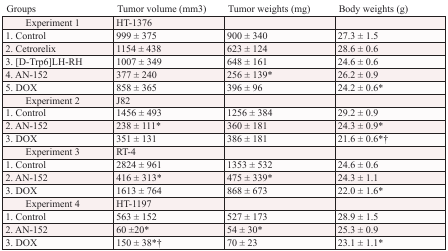
| Groups | Tumor volume (mm3) | Tumor weights (mg) | Body weights (g) |
 | --- | --- | --- | --- |
 | Experiment 1 | HT-1376 |  |  |
 | 1. Control | 999 ± 375 | 900 ± 340 | 27.3 ± 1.5 |
 | 2. Cetrorelix | 1154 ± 438 | 623 ± 124 | 28.6 ± 0.6 |
 | 3. [D-Trp6]LH-RH | 1007 ± 349 | 648 ± 161 | 24.6 ± 0.6 |
 | 4. AN-152 | 377 ± 240 | 256 ± 139* | 26.2 ± 0.9 |
 | 5. DOX | 858 ± 365 | 396 ± 96 | 24.2 ± 0.6* |
 | Experiment 2 | J82 |  |  |
 | 1. Control | 1456 ± 493 | 1256 ± 384 | 29.2 ± 0.9 |
 | 2. AN-152 | 238 ± 111* | 360 ± 181 | 24.3 ± 0.9* |
 | 3. DOX | 351 ± 131 | 386 ± 181 | 21.6 ± 0.6*† |
 | Experiment 3 | RT-4 |  |  |
 | 1. Control | 2824 ± 961 | 1353 ± 532 | 24.6 ± 0.6 |
 | 2. AN-152 | 416 ± 313* | 475 ± 339* | 24.3 ± 1.1 |
 | 3. DOX | 1613 ± 764 | 868 ± 673 | 22.0 ± 1.6* |
 | Experiment 4 | HT-1197 |  |  |
 | 1. Control | 563 ± 152 | 527 ± 173 | 28.9 ± 1.5 |
 | 2. AN-152 | 60 ±20* | 54 ± 30* | 25.3 ± 0.9 |
 | 3. DOX | 150 ± 38*† | 70 ± 23 | 23.1 ± 1.1* |